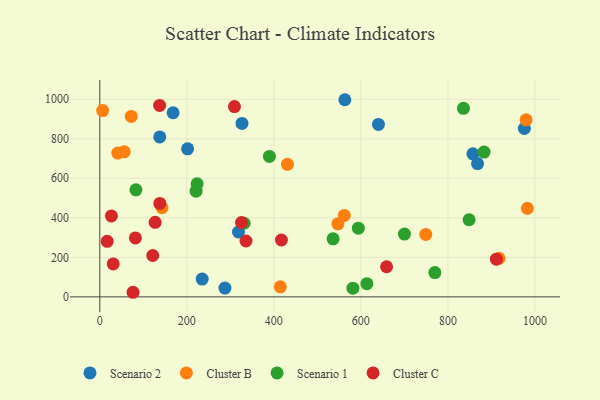
{"axis": {"x": "Study Hours", "y": "Profit"}, "legend": ["Cluster B", "Cluster C", "Scenario 1", "Scenario 2"], "data": [{"x": "975.8", "y": 852.5, "type": "Scenario 2"}, {"x": "857.5", "y": 724.0, "type": "Scenario 2"}, {"x": "235.3", "y": 89.9, "type": "Scenario 2"}, {"x": "168.4", "y": 931.8, "type": "Scenario 2"}, {"x": "563.2", "y": 997.6, "type": "Scenario 2"}, {"x": "137.8", "y": 809.1, "type": "Scenario 2"}, {"x": "326.8", "y": 877.8, "type": "Scenario 2"}, {"x": "287.6", "y": 44.7, "type": "Scenario 2"}, {"x": "318.7", "y": 328.3, "type": "Scenario 2"}, {"x": "640.4", "y": 872.7, "type": "Scenario 2"}, {"x": "868.2", "y": 674.4, "type": "Scenario 2"}, {"x": "201.7", "y": 749.1, "type": "Scenario 2"}, {"x": "431.2", "y": 670.5, "type": "Cluster B"}, {"x": "561.9", "y": 412.2, "type": "Cluster B"}, {"x": "72.3", "y": 913.3, "type": "Cluster B"}, {"x": "979.7", "y": 895.8, "type": "Cluster B"}, {"x": "414.9", "y": 51.0, "type": "Cluster B"}, {"x": "56.0", "y": 733.7, "type": "Cluster B"}, {"x": "143.0", "y": 451.0, "type": "Cluster B"}, {"x": "6.5", "y": 942.5, "type": "Cluster B"}, {"x": "547.3", "y": 369.4, "type": "Cluster B"}, {"x": "41.3", "y": 727.4, "type": "Cluster B"}, {"x": "917.5", "y": 194.8, "type": "Cluster B"}, {"x": "749.2", "y": 315.7, "type": "Cluster B"}, {"x": "982.7", "y": 447.8, "type": "Cluster B"}, {"x": "613.8", "y": 66.5, "type": "Scenario 1"}, {"x": "848.7", "y": 390.2, "type": "Scenario 1"}, {"x": "221.3", "y": 534.8, "type": "Scenario 1"}, {"x": "389.8", "y": 710.7, "type": "Scenario 1"}, {"x": "770.0", "y": 123.0, "type": "Scenario 1"}, {"x": "536.2", "y": 293.6, "type": "Scenario 1"}, {"x": "83.0", "y": 541.6, "type": "Scenario 1"}, {"x": "581.7", "y": 43.9, "type": "Scenario 1"}, {"x": "700.2", "y": 317.5, "type": "Scenario 1"}, {"x": "883.2", "y": 732.6, "type": "Scenario 1"}, {"x": "331.8", "y": 372.4, "type": "Scenario 1"}, {"x": "594.2", "y": 347.6, "type": "Scenario 1"}, {"x": "835.8", "y": 954.0, "type": "Scenario 1"}, {"x": "223.6", "y": 572.0, "type": "Scenario 1"}, {"x": "16.9", "y": 280.8, "type": "Cluster C"}, {"x": "127.2", "y": 377.0, "type": "Cluster C"}, {"x": "417.4", "y": 287.7, "type": "Cluster C"}, {"x": "137.5", "y": 969.0, "type": "Cluster C"}, {"x": "138.0", "y": 472.6, "type": "Cluster C"}, {"x": "121.7", "y": 209.3, "type": "Cluster C"}, {"x": "659.1", "y": 152.4, "type": "Cluster C"}, {"x": "30.9", "y": 166.8, "type": "Cluster C"}, {"x": "911.5", "y": 190.8, "type": "Cluster C"}, {"x": "76.4", "y": 23.2, "type": "Cluster C"}, {"x": "309.5", "y": 963.1, "type": "Cluster C"}, {"x": "336.0", "y": 282.6, "type": "Cluster C"}, {"x": "81.8", "y": 298.0, "type": "Cluster C"}, {"x": "325.6", "y": 376.3, "type": "Cluster C"}, {"x": "26.7", "y": 409.7, "type": "Cluster C"}]}